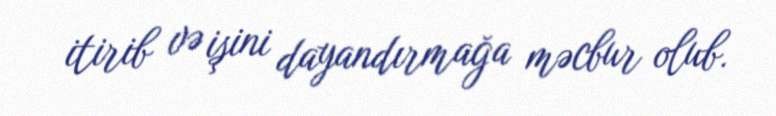
itirib və işini dayandırmağa məcbur olub.